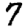
Digit: 7